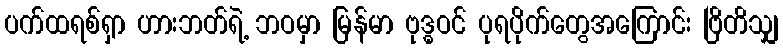
ပက်ထရစ်ရှာ ဟားဘတ်ရဲ့ ဘဝမှာ မြန်မာ ဗုဒ္ဓဝင် ပုရပိုက်တွေအကြောင်း ဗြိတိသျှ